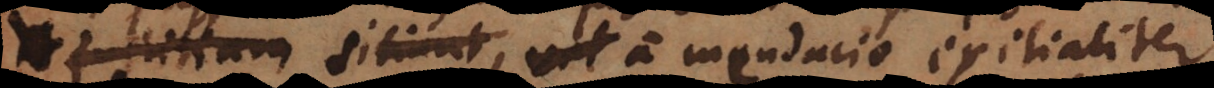
gratiam quaerunt, a mendacio exitialiter